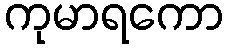
ကုမာရကော